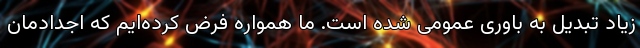
زیاد تبدیل به باوری عمومی شده است. ما همواره فرض کرده‌ایم که اجدادمان